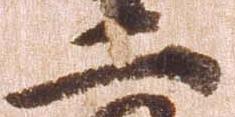
二